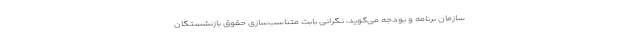
سازمان برنامه و بودجه می‌گوید، نگرانی بابت متناسب‌سازی حقوق بازنشستگان